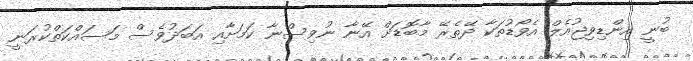
ބުނީ އިންޑިވިޖުއެލް އެވޯޑުތަކާ ދޭތެރޭ މާބޮޑަށް އޭނާ ނުވިސްނާ ކަމަށާއި އަބަދުވެސް މަސައްކަތްކުރަނީ